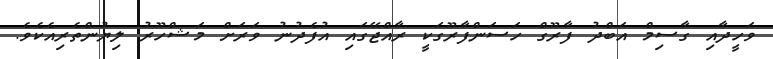
ވަހީދާއި ގާސިމް އަބްދު ފާރޫގް ހަސަންފާރޫގަކީ ރާއްޖޭގައި އުފެދުނު ވަރަށް މަޝްހޫރު ލިޔުންތެރިއެކެވެ.